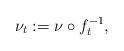
LaTeX: \begin{align*}\nu_t:=\nu\circ f_t^{-1},\end{align*}